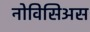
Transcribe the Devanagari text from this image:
नोविसिअस